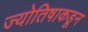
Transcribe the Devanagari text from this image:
ज्योतिषाकडून